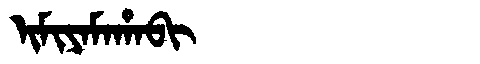
Manchu: ᡳᠮᡳᠶᠠᠮᠠᡥᠠᠪᡳ
Romanization: IMIYAMAHABI